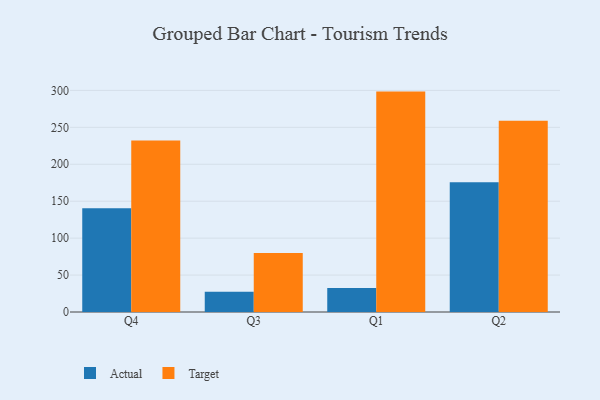
{"axis": {"x": "Quarter", "y": "Market Share (%)"}, "legend": ["Actual", "Target"], "data": [{"x": "Q4", "y": 140.3, "type": "Actual"}, {"x": "Q4", "y": 232.1, "type": "Target"}, {"x": "Q3", "y": 27.3, "type": "Actual"}, {"x": "Q3", "y": 79.9, "type": "Target"}, {"x": "Q1", "y": 32.4, "type": "Actual"}, {"x": "Q1", "y": 298.4, "type": "Target"}, {"x": "Q2", "y": 175.5, "type": "Actual"}, {"x": "Q2", "y": 258.9, "type": "Target"}]}